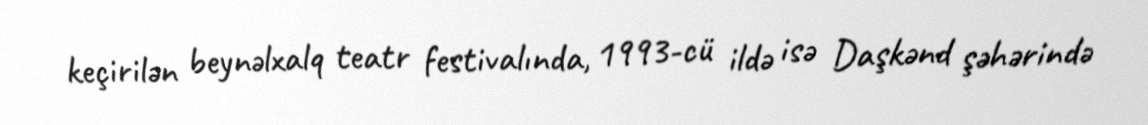
keçirilən beynəlxalq teatr festivalında, 1993-cü ildə isə Daşkənd şəhərində